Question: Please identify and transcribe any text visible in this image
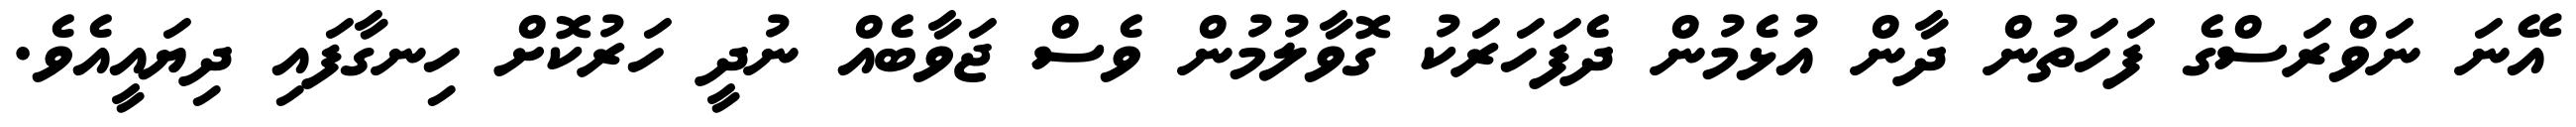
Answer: އޭނަ ނަވްރަސްގެ ފަހަތުން ދާން އުޅެމުން ދެފަހަރަކު ގޮވާލުމުން ވެސް ޖަވާބެއް ނުދީ ހަރުކޮށް ހިނގާފައި ދިޔައީއެވެ.